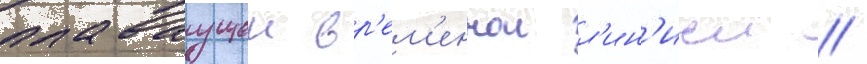
плаваущеи вр'ем'еннои л'ин'иеи /